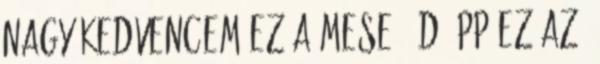
nagy kedvencem ez a mese. :D épp ez az,